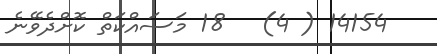
14154 ( 4)   18 މަސައްކަތް ކޮށްދެވޭނެ